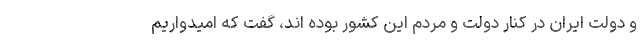
و دولت ایران در کنار دولت و مردم این کشور بوده اند، گفت که امیدواریم